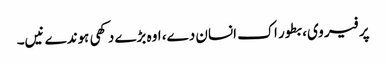
پر فیر وی، بطور اک انسان دے، اوہ بڑے دکھی ہوندے نیں۔